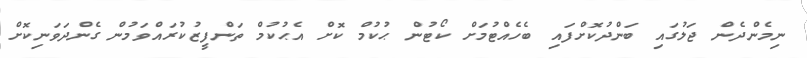
ނިމެންދެން ޖަލުގައި ބަންދުކޮށްފައި ބެހެއްޓުމަށް ކޯޓުން ޙުކުމް ކޮށް އެޙުކުމް ތަންފީޒުކުރައްވަމުން ގެންދަވަނިކޮށް